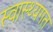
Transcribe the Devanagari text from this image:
स्वास्थ्यगत